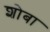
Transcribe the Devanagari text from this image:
शोबा